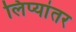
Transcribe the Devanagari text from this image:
लिप्यांतर